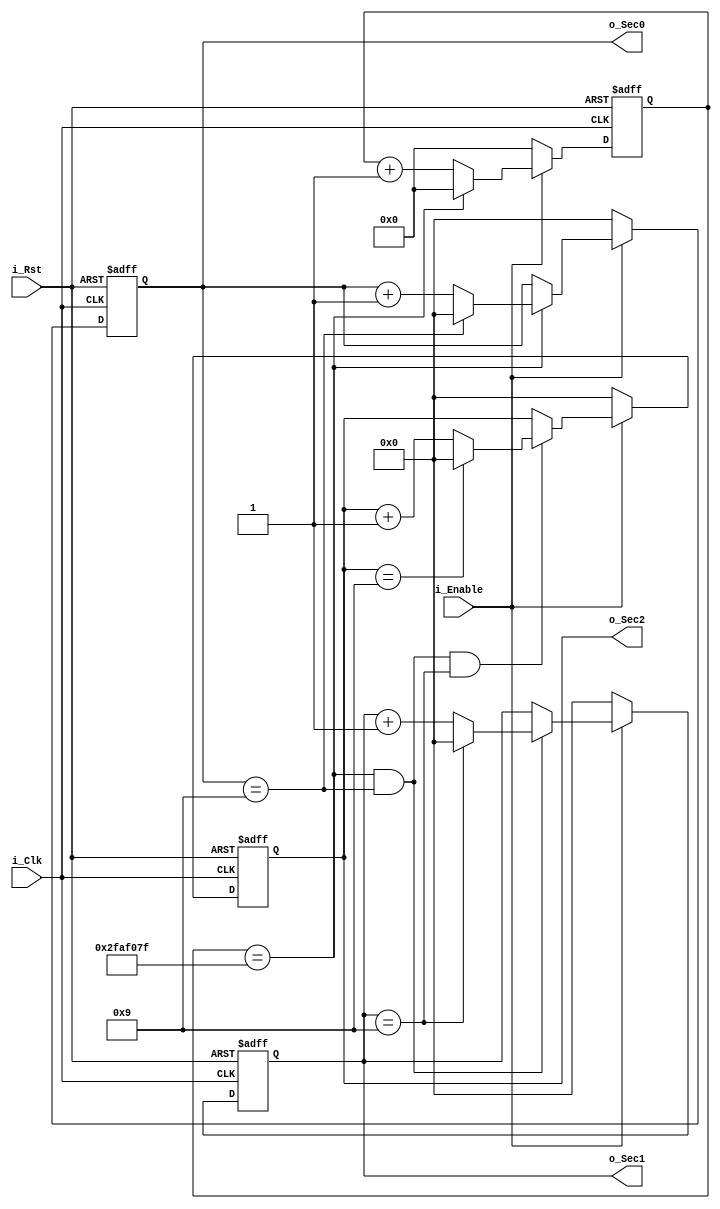
module Timer(
    input i_Clk,
    input i_Rst,
    input i_Enable,
    output [3:0] o_Sec0, o_Sec1, o_Sec2
);

    parameter LST_CLK = 1_000_000_000 / 20 - 1;

    reg [3:0] c_Sec0, n_Sec0;
    reg [3:0] c_Sec1, n_Sec1;
    reg [3:0] c_Sec2, n_Sec2;

    reg [25:0] c_ClkCnt, n_ClkCnt;

    wire fLstClk;
    wire fIncSec0, fIncSec1, fIncSec2;
    wire fLstSec0, fLstSec1, fLstSec2;

    always@ (posedge i_Clk, negedge i_Rst)
        if (!i_Rst) begin
            c_Sec0   = 0;
            c_Sec1   = 0;
            c_Sec2   = 0;
            c_ClkCnt = 0;
        end else begin
            c_Sec0   = n_Sec0;
            c_Sec1   = n_Sec1;
            c_Sec2   = n_Sec2;
            c_ClkCnt = n_ClkCnt;
        end
    
    assign  o_Sec0 = c_Sec0,
            o_Sec1 = c_Sec1,
            o_Sec2 = c_Sec2;

    assign  fLstClk = c_ClkCnt == LST_CLK;

    assign  fLstSec0 = c_Sec0 == 9,
            fLstSec1 = c_Sec1 == 9,
            fLstSec2 = c_Sec2 == 9;

    assign  fIncSec0 = fLstClk,
            fIncSec1 = fIncSec0 && fLstSec0,
            fIncSec2 = fIncSec1 && fLstSec1;

    always@*
    begin  
        n_ClkCnt = i_Enable ? (fLstClk ? 0 : c_ClkCnt + 1) : 0;
        n_Sec0 = i_Enable ? (fIncSec0 ? (fLstSec0 ? 0 : c_Sec0 + 1) : c_Sec0) : 0;
        n_Sec1 = i_Enable ? (fIncSec1 ? (fLstSec1 ? 0 : c_Sec1 + 1) : c_Sec1) : 0;
        n_Sec2 = i_Enable ? (fIncSec2 ? (fLstSec2 ? 0 : c_Sec2 + 1) : c_Sec2) : 0;
    end


endmodule